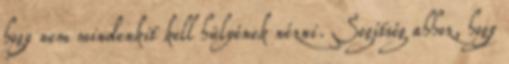
hogy nem mindenkit kell hülyének nézni. Segítség ahhoz, hogy